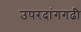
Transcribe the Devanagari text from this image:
उपरदांगगढी